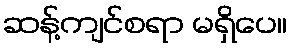
ဆန့်ကျင်စရာ မရှိပေ။